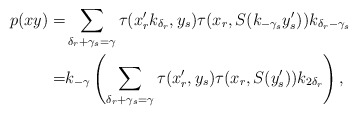
\begin{align*}p(xy)=&\sum_{\delta_r+\gamma_s=\gamma}\tau(x'_rk_{\delta_r},y_s)\tau(x_r,S(k_{-\gamma_s}y'_s))k_{\delta_r-\gamma_s}\\=&k_{-\gamma}\left(\sum_{\delta_r+\gamma_s=\gamma}\tau(x'_r,y_s)\tau(x_r,S(y'_s))k_{2\delta_r}\right),\end{align*}